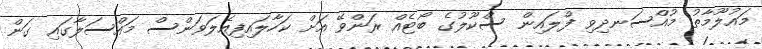
މައުލޫމާތު މުއްސަނދިވި ފްލައިން ސްކޫލުގެ ބޯޓެއް ރަންވޭ އަށް ކަހާލައިފިއެލަވަންސް މައްސަލާގައި ގަން